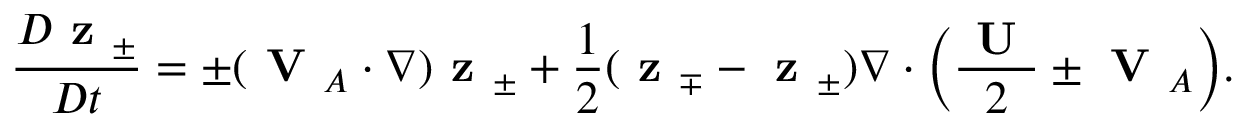
\frac { D \textbf { z } _ { \pm } } { D t } = \pm ( \textbf { V } _ { A } \cdot \nabla ) \textbf { z } _ { \pm } + \frac { 1 } { 2 } ( \textbf { z } _ { \mp } - \textbf { z } _ { \pm } ) \nabla \cdot \bigg ( \frac { \textbf { U } } { 2 } \pm \textbf { V } _ { A } \bigg ) .